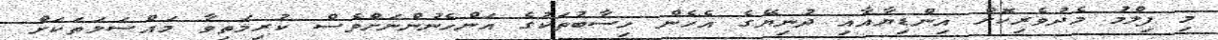
މި ފިލްމު މެދުވެރިކޮށް އިންޑިޔާއާއި ދުނިޔޭގެ އެހެން ހިސާބުތަކުގެ އަންހެނުންނަށްވެސް ކުރިމަތިވާ މައްސަލަތަކަށް